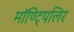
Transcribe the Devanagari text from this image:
मॉण्ट्पिलिर